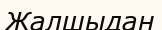
Жалшыдан